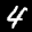
Label: 4